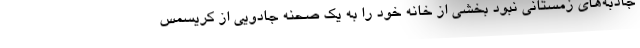
جاذبه‌های زمستانی نبود بخشی از خانه خود را به یک صحنه جادویی از کریسمس